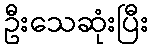
ဦးသေဆုံးပြီး